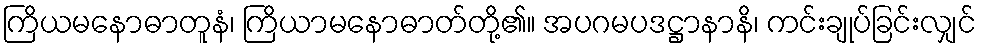
ကြိယမနောဓာတူနံ၊ ကြိယာမနောဓာတ်တို့၏။ အပဂမပဒဋ္ဌာနာနိ၊ ကင်းချုပ်ခြင်းလျှင်